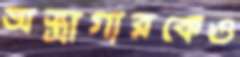
অস্ত্রাগারকেও